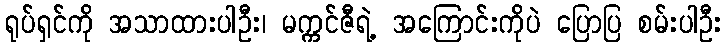
ရုပ်ရှင်ကို အသာထားပါဦး၊ မက္ကင်ဇီရဲ့ အကြောင်းကိုပဲ ပြောပြ စမ်းပါဦး